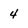
Character: 4